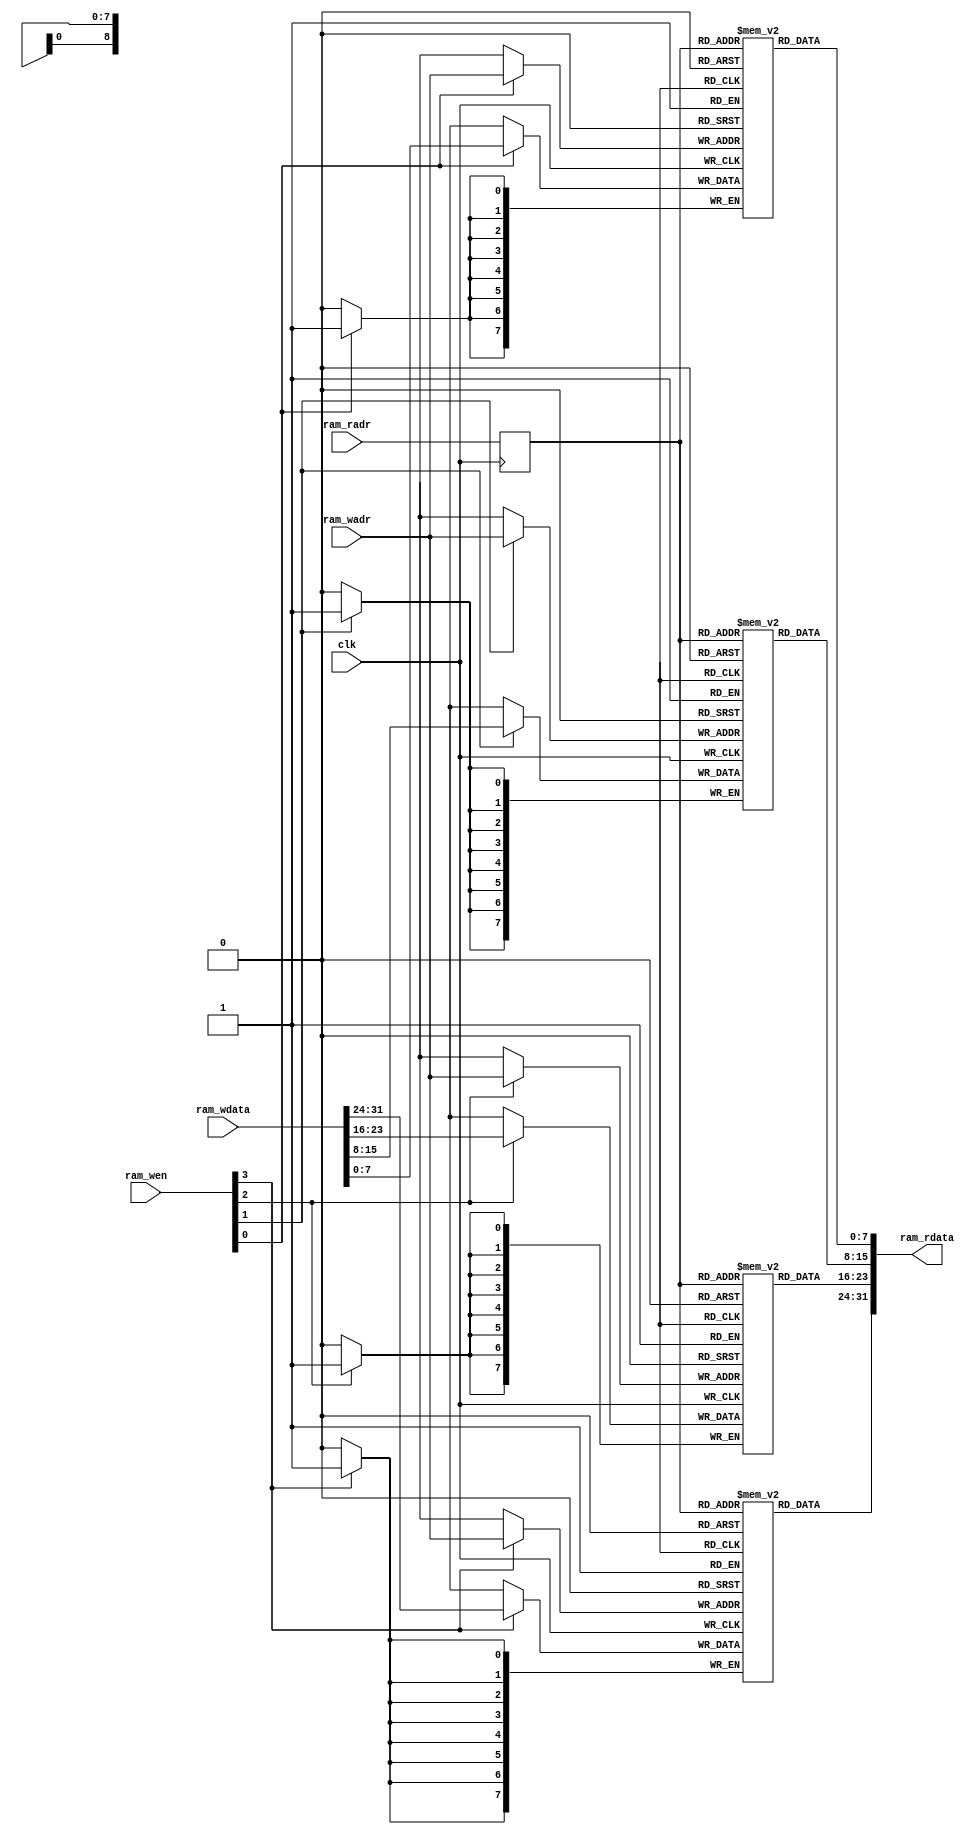
/*
 * My RISC-V RV32I CPU
 *   CPU Data RAM Module in MA Stage
 *    Verilog code
 * @auther		Yoshiki Kurokawa <yoshiki.k963@gmail.com>
 * @copylight	2021 Yoshiki Kurokawa
 * @license		https://opensource.org/licenses/MIT     MIT license
 * @version		0.1
 */

module data_1r1w
	#(parameter DRWIDTH = 9)
	(
	input clk,
	input [DRWIDTH-1:0] ram_radr,
	output [31:0] ram_rdata,
	input [DRWIDTH-1:0] ram_wadr,
	input [31:0] ram_wdata,
	input [3:0] ram_wen
	);

// 4x1024 1r1w RAM

reg[7:0] ram0[0:(2**DRWIDTH)-1];
reg[7:0] ram1[0:(2**DRWIDTH)-1];
reg[7:0] ram2[0:(2**DRWIDTH)-1];
reg[7:0] ram3[0:(2**DRWIDTH)-1];
reg[DRWIDTH-1:0] radr;

always @ (posedge clk) begin
	if (ram_wen[0])
		ram0[ram_wadr] <= ram_wdata[7:0];
	if (ram_wen[1])
		ram1[ram_wadr] <= ram_wdata[15:8];
	if (ram_wen[2])
		ram2[ram_wadr] <= ram_wdata[23:16];
	if (ram_wen[3])
		ram3[ram_wadr] <= ram_wdata[31:24];
	radr <= ram_radr;
end

assign ram_rdata = { ram3[radr], ram2[radr], ram1[radr], ram0[radr] };

endmodule